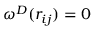
\omega ^ { D } ( r _ { i j } ) = 0